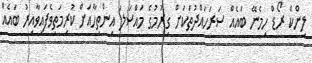
ލިންކް ރޯޑް ހިމެނޭ ބައެއް ސަރަހައްދުތަކަށް ގިރުމުގެ މައްސަލަ އިންތިހާއަށް ކުރިމަތިވެފައިވާއިރު ބައެއް